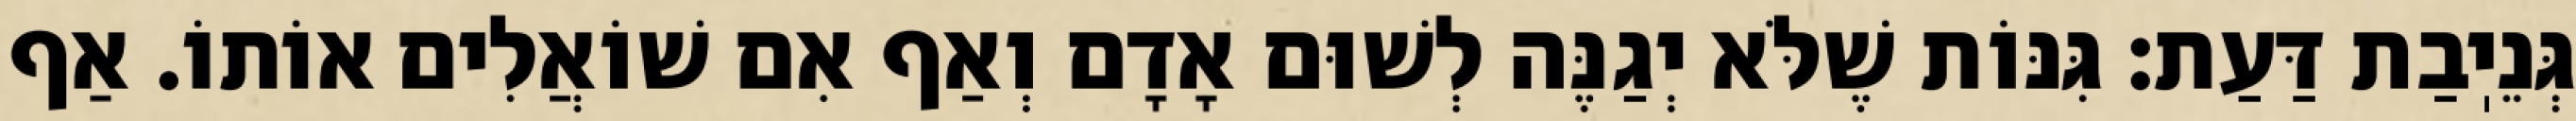
גְּנֵיֽבַת דַּעַת: גִּנּוֹת שֶׁלֹּא יְגַנֶּה לְשׁוּם אָדָם וְאַף אִם שׁוֹאֲלִים אוֹתוֹ. אַף